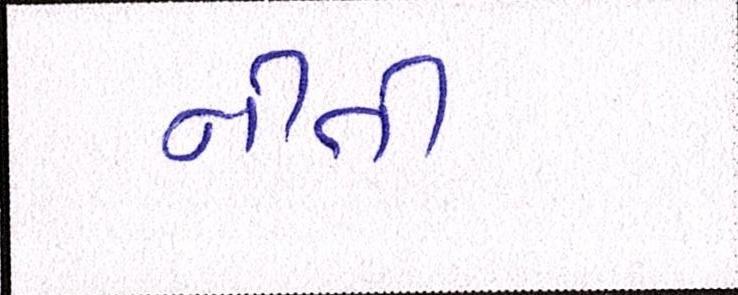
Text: નીતી